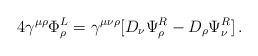
\begin{align*}4 \gamma^{\mu \rho} \Phi_{\rho}^L = \gamma^{\mu \nu \rho} [D_{\nu}\Psi_{\rho}^R - D_{\rho}\Psi_{\nu}^R] \, .\end{align*}